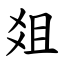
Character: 爼